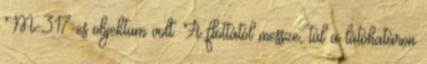
M-317-es objektum volt. A flottától messze, túl a látóhatáron